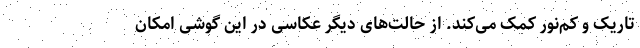
تاریک و کم‌نور کمک می‌کند. از حالت‌های دیگر عکاسی در این گوشی امکان